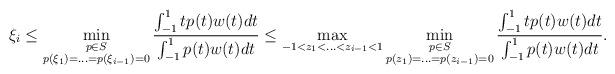
LaTeX: \begin{align*}\xi_i\le \min_{\substack{p\in S\\p(\xi_1)=\ldots=p(\xi_{i-1})=0}}\frac{\int_{-1}^1tp(t)w(t)dt}{\int_{-1}^1p(t)w(t)dt}\le\max_{-1<z_1<\ldots<z_{i-1}<1}\min_{\substack{p\in S\\p(z_1)=\ldots=p(z_{i-1})=0}}\frac{\int_{-1}^1tp(t)w(t)dt}{\int_{-1}^1p(t)w(t)dt}.\end{align*}